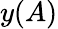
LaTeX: y(A)